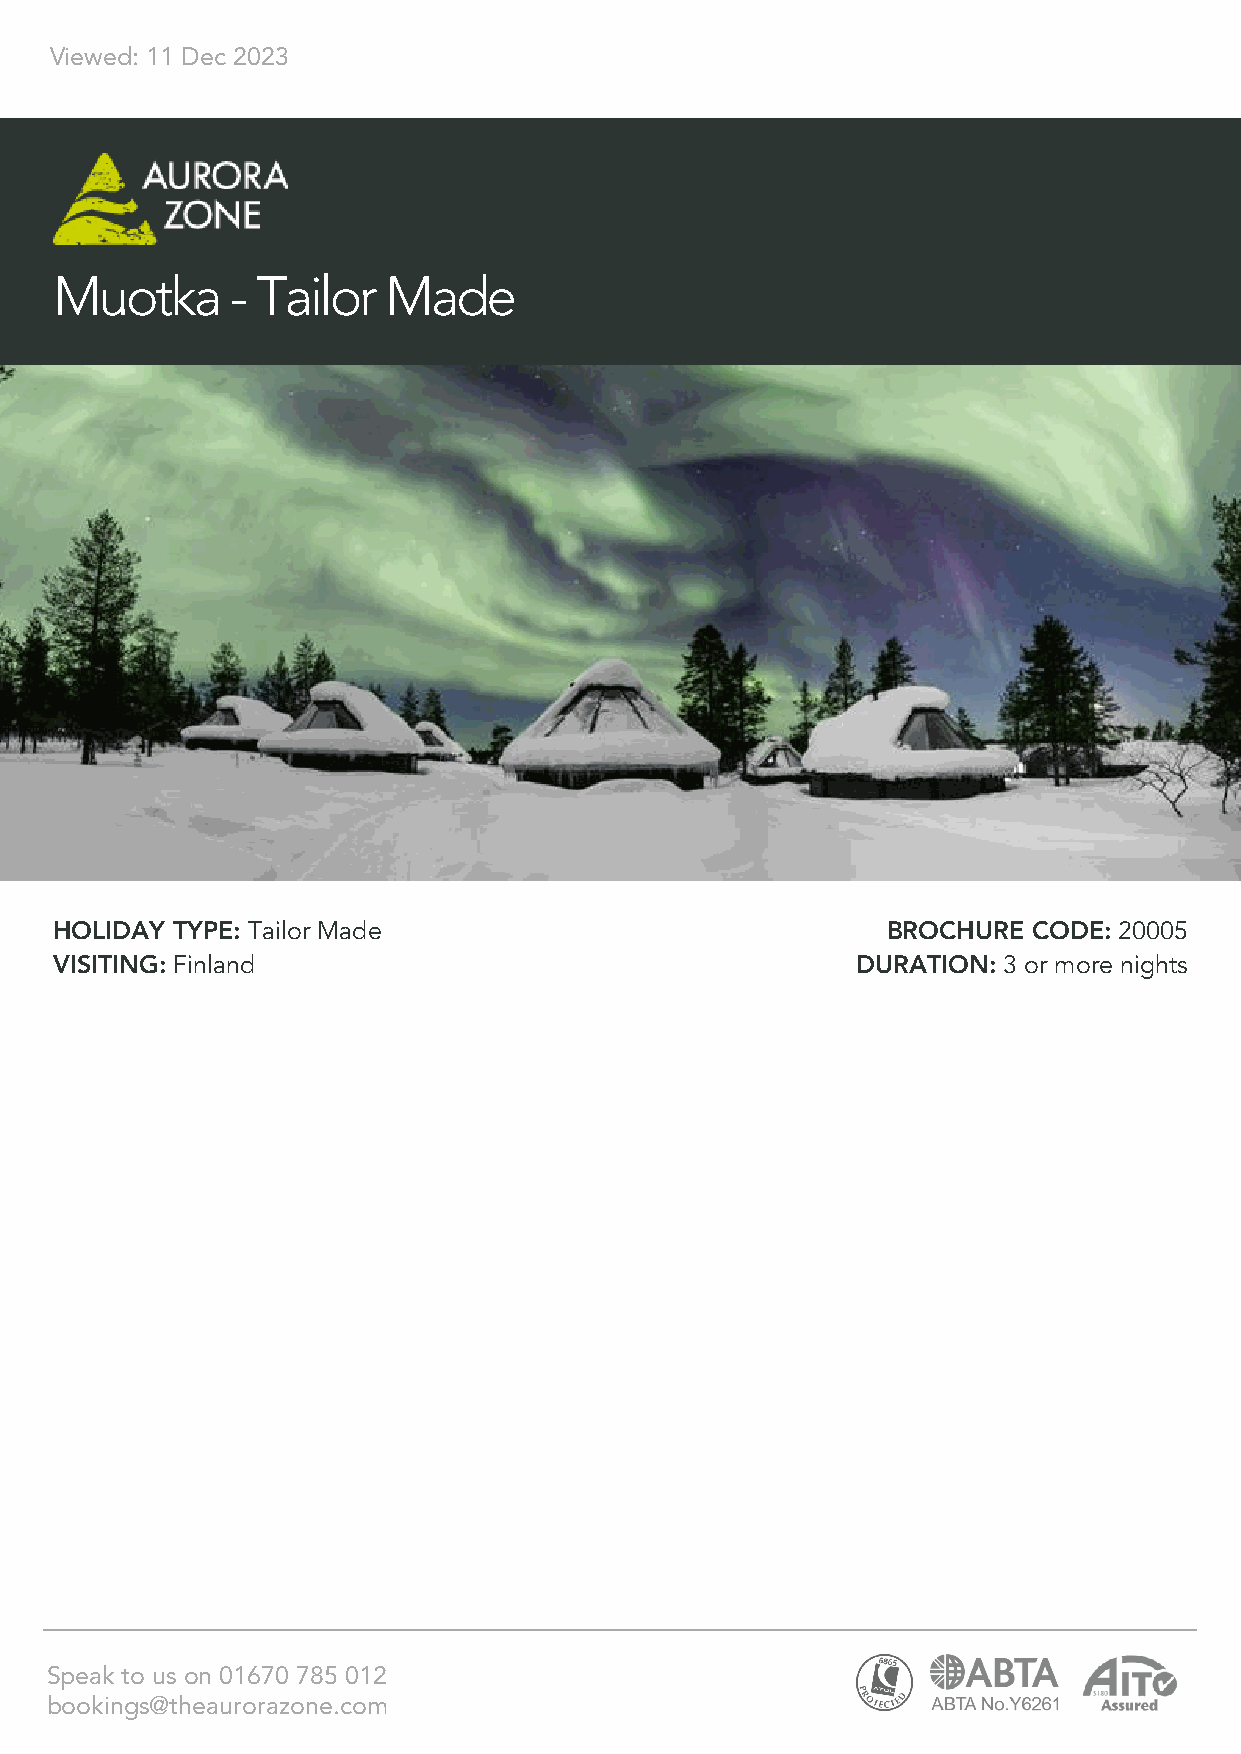
Viewed: 11 Dec 2023
 Muotka     - Tailor  Made
 HOLIDAY TYPE: Tailor Made                              BROCHURE CODE: 20005
 VISITING: Finland                                    DURATION: 3 or more nights
 Speak to us on 01670 785 012
 bookings@theaurorazone.com